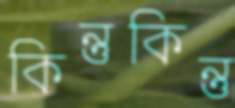
কিন্তুকিন্তু